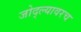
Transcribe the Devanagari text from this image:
जोद्ल्यावरच